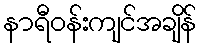
နာရီဝန်းကျင်အချိန်